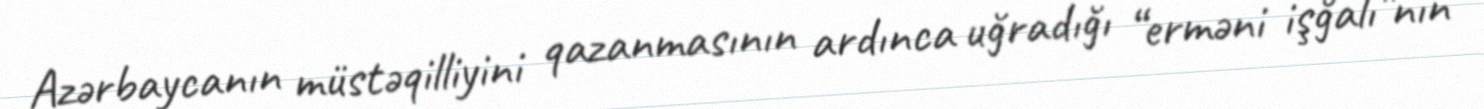
Azərbaycanın müstəqilliyini qazanmasının ardınca uğradığı “erməni işğalı”nın